Civil Veterinary Dept. North-West Frontier Province 1901-22 - 1901-1922
Year: 1901
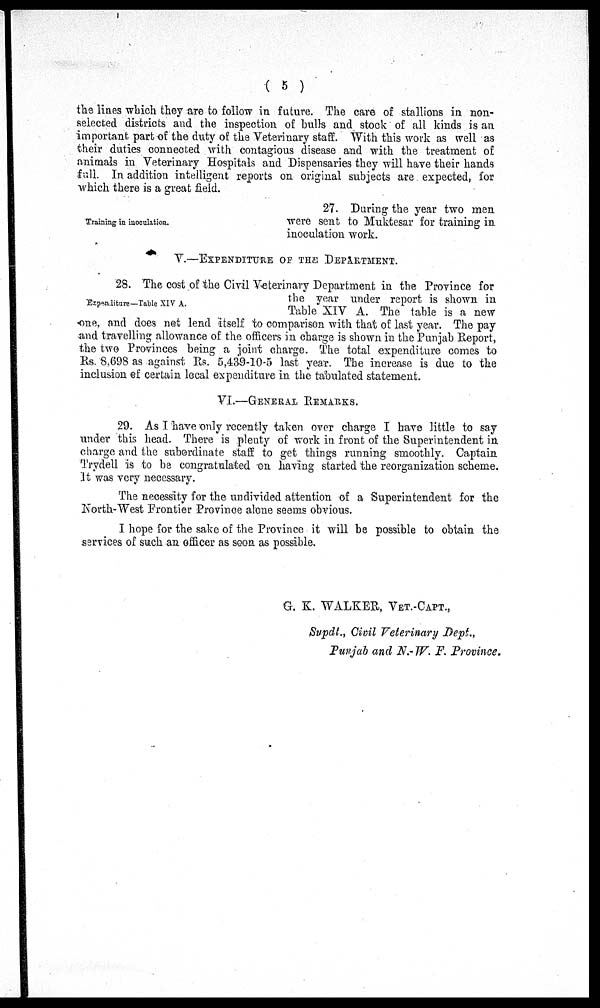
(5)
the lines which they are to follow in future. The care of stallions in non-
selected districts and the inspection of bulls and stock of all kinds is an
important part of the duty of the Veterinary staff. With this work as well as
their duties connected with contagious disease and with the treatment of
animals in Veterinary Hospitals and Dispensaries they will have their hands
full. In addition intelligent reports on original subjects are expected, for
which there is a great field.
Training in inoculation.
27. During the year two men
were sent to Muktesar for training in
inoculation work.
V.—EXPENDITURE OF THE DEPARTMENT.
Expenditure—Table XIV A.
28. The cost of the Civil Veterinary Department in the Province for
the year under report is shown in
Table XIV A. The table is a new
one, and does net lend itself to comparison with that of last year. The pay
and travelling allowance of the officers in charge is shown in the Punjab Report,
the two Provinces being a joint charge. The total expenditure comes to
Rs. 8.698 as against Rs. 5,439-10-5 last year. The increase is due to the
inclusion of certain local expenditure in the tabulated statement.
VI.—GENERAL REMARKS.
29. As I have only recently taken over charge I have little to say
under this head. There is plenty of work in front of the Superintendent in
charge and the subordinate staff to get things running smoothly. Captain
Trydell is to be congratulated on having started the reorganization scheme.
It was very necessary.
The necessity for the undivided attention of a Superintendent for the
North-West Frontier Province alone seems obvious.
I hope for the sake of the Province it will be possible to obtain the
services of such an officer as soon as possible.
G. K. WALKER, VET.-CAPT.,
Supdt., Civil Veterinary Dept.,
Punjab and N.- W. F. Province.